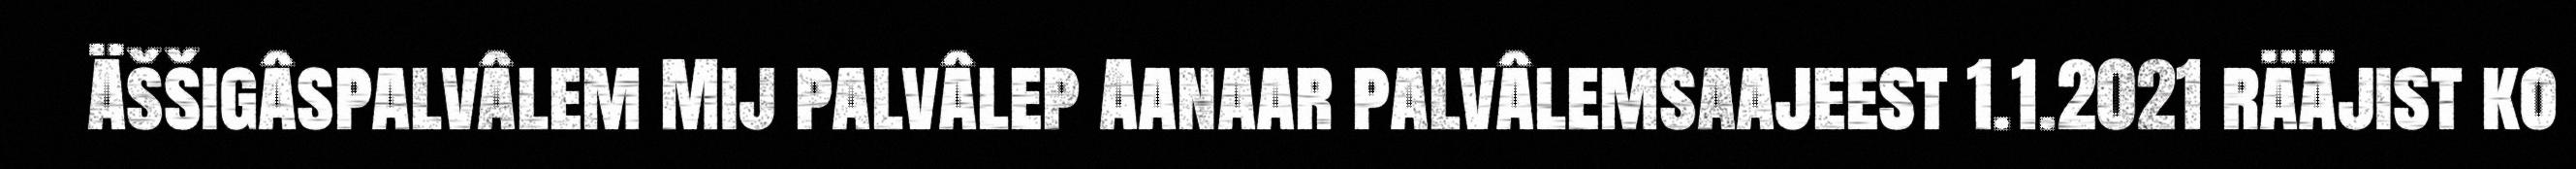
Äššigâspalvâlem Mij palvâlep Aanaar palvâlemsaajeest 1.1.2021 rääjist ko